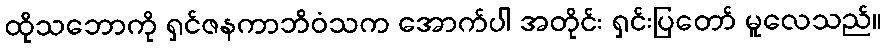
ထိုသဘောကို ရှင်ဇနကာဘိဝံသက အောက်ပါ အတိုင်း ရှင်းပြတော် မူလေသည်။